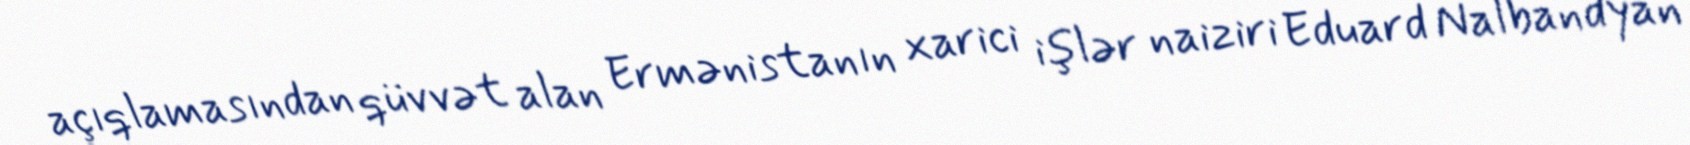
açıqlamasından qüvvət alan Ermənistanın xarici işlər naiziri Eduard Nalbandyan